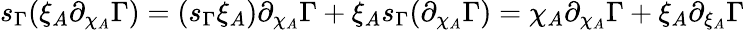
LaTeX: s_{\Gamma}(\xi_{A}\partial_{\chi_{A}}\Gamma)=(s_{\Gamma}\xi_{A})\partial_{\chi_{A}}\Gamma+\xi_{A}s_{\Gamma}(\partial_{\chi_{A}}\Gamma)=\chi_{A}\partial_{\chi_{A}}\Gamma+\xi_{A}\partial_{\xi_{A}}\Gamma